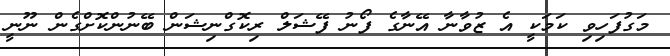
މަގުފަހިވި ކަމަކީ އެ ޒުވާނާ އޭނާގެ ފޯނު ފޭޝަލް ރިކޮގްނިޝަން ބޭނުންކޮށްގެން ނޫނީ